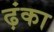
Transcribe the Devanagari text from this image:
ढ़ंका